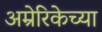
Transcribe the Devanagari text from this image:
अम्रेरिकेच्या